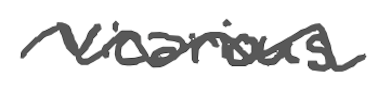
Text: vicarious
Cross-out: wave
Writing tool: digital_gray